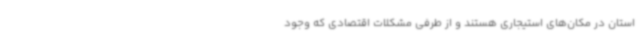
استان در مکان‌های استیجاری هستند و از طرفی مشکلات اقتصادی که وجود